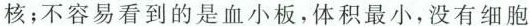
核；不容易看到的是血小板，体积最小，没有细胞